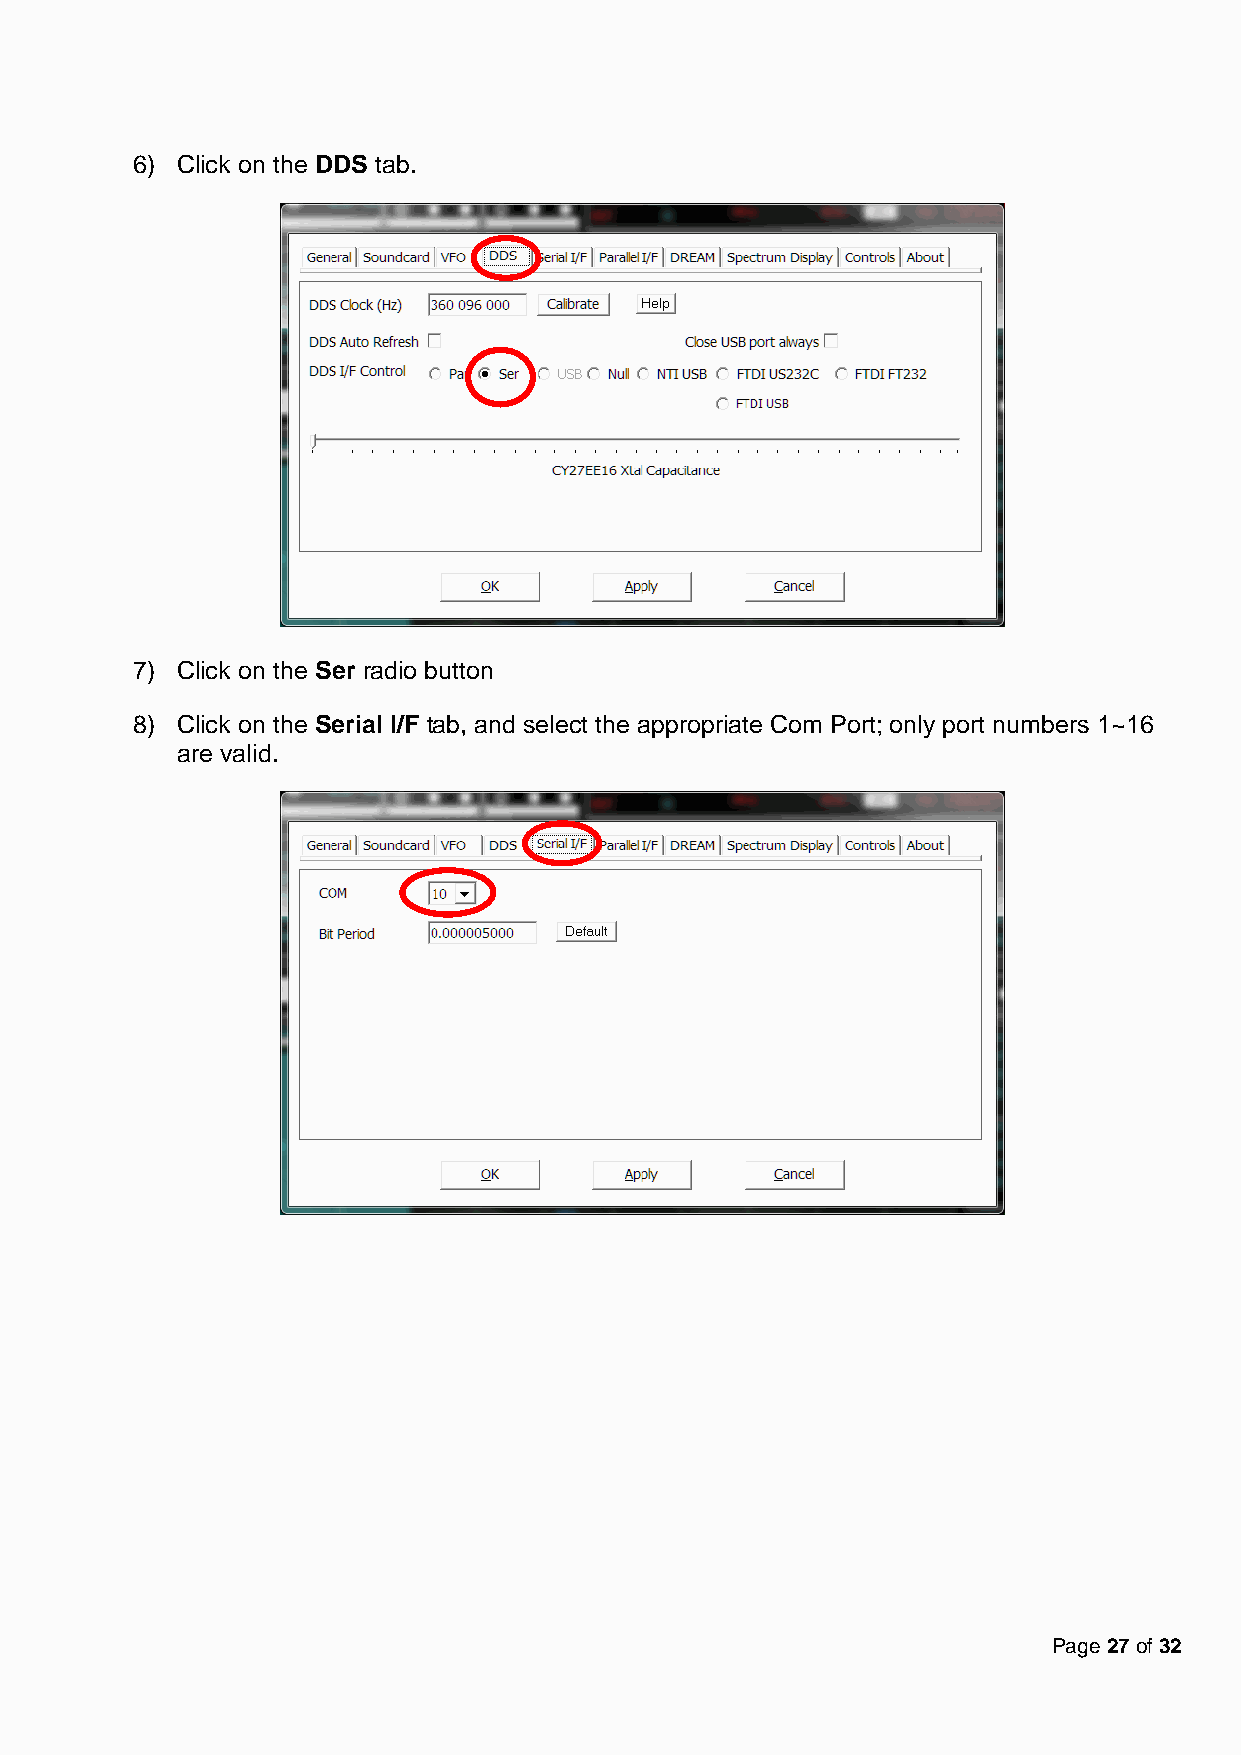
6) Click on the DDS tab.
 7) Click on the Ser radio button
 8) Click on the Serial I/F tab, and select the appropriate Com Port; only port numbers 1~16
 are valid.
 Page 27 of 32